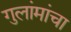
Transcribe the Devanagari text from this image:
गुलांमांचा